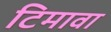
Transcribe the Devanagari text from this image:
टिमावा